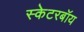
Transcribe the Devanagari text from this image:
स्केटरबॉय